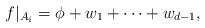
LaTeX: \begin{align*} f|_{A_i} = \phi + w_1 + \dots + w_{d-1}, \end{align*}